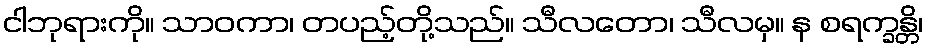
ငါဘုရားကို။ သာဝကာ၊ တပည့်တို့သည်။ သီလတော၊ သီလမှ။ န စရက္ခန္တိ၊